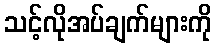
သင့်လိုအပ်ချက်များကို